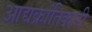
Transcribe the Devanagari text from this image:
आद्यक्रांतिकारी